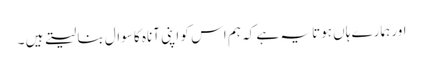
اور ہمارے ہاں ہوتا یہ ہے کہ ہم اس کو اپنی آناہ کا سوال بنا لیتے ہیں ۔